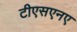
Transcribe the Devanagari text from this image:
टीएसएनए